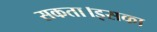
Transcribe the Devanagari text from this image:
सकता।इसका